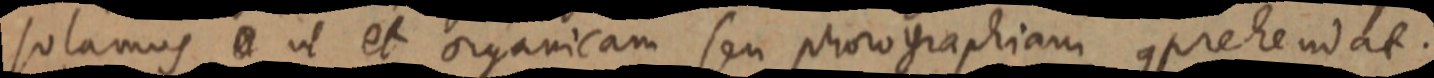
solamus _ ut et organicam seu phorographiam comprehendat.